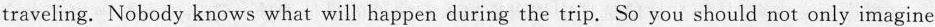
traveling. Nobody knows what will happen during the trip. So you should not only imagine